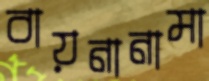
বায়নানামা